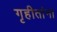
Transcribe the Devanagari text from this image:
गृहीतांना